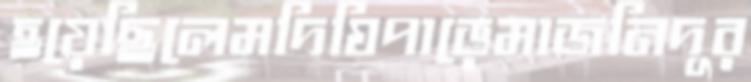
হয়েছিলেমদিঘিপাড়েমাজনিদূর